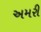
અમરી